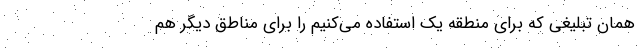
همان تبلیغی که برای منطقه یک استفاده می‌کنیم را برای مناطق دیگر هم